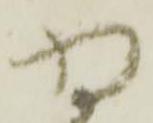
将